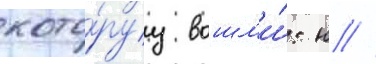
кото́руу вошл'и́: н //